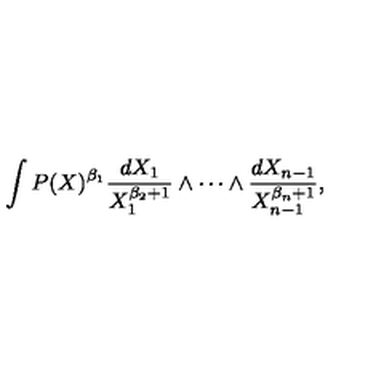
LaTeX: \int P ( X ) ^ { \beta _ { 1 } } { \frac { d X _ { 1 } } { X _ { 1 } ^ { \beta _ { 2 } + 1 } } } \wedge \cdots \wedge { \frac { d X _ { n - 1 } } { X _ { n - 1 } ^ { \beta _ { n } + 1 } } } ,